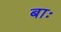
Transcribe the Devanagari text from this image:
बाः